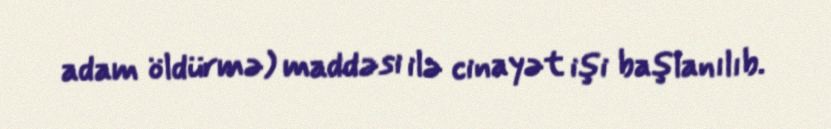
adam öldürmə) maddəsi ilə cinayət işi başlanılıb.